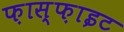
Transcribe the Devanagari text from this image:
फ़ास्फ़ाइट